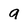
Character: a